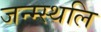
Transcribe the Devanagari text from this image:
जन्म्स्थलि